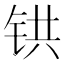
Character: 𫟹